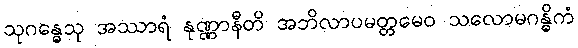
သုဂန္ဓေသု အဿာရံ နုဏ္ဏာနီတိ အဘိလာပမတ္တမေဝ သလောမဂန္ဓိကံ